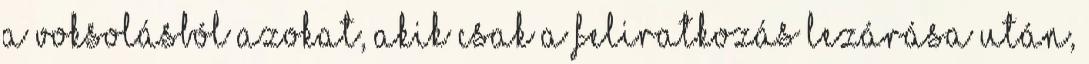
a voksolásból azokat, akik csak a feliratkozás lezárása után,